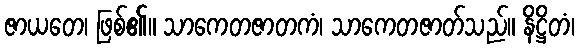
ဇာယတေ၊ ဖြစ်၏။ သာကေတဇာတကံ၊ သာကေတဇာတ်သည်။ နိဋ္ဌိတံ၊